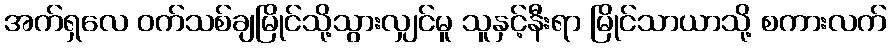
အက်ရှလေ ဝက်သစ်ချမြိုင်သို့သွားလျှင်မူ သူနှင့်နီးရာ မြိုင်သာယာသို့ စကားလက်